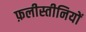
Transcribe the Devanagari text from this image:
फ़लीस्तीनियों